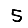
Digit: 5